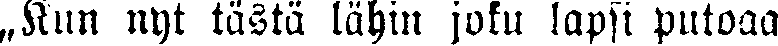
„Kun nyt tästä lähin joku lapsi putoaa